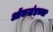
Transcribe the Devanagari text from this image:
ऑकलंडच्या